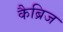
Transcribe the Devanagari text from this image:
कैब्रिज